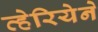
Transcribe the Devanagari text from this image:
व्हेरियेने